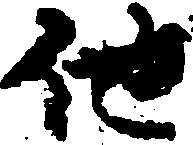
他